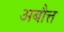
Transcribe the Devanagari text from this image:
अबौत्त